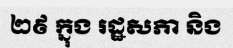
២៩ ក្នុង រដ្ឋសភា និង